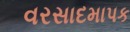
વરસાદમાપક